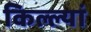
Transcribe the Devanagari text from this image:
किल्ल्यां